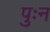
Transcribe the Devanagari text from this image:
पुःन